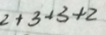
2 + 3 + 3 + 2